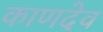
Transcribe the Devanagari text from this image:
काणदेव